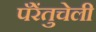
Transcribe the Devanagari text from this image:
पॅरेंतुचेली